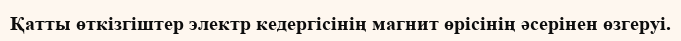
Қатты өткізгіштер электр кедергісінің магнит өрісінің әсерінен өзгеруі.